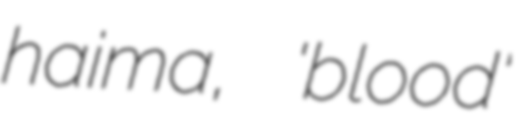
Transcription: haima, 'blood'